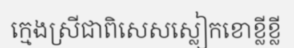
ក្មេងស្រីជាពិសេសស្លៀកខោខ្លីខ្លី